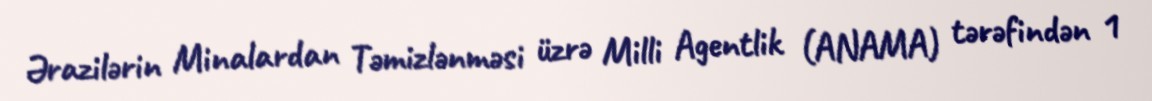
Ərazilərin Minalardan Təmizlənməsi üzrə Milli Agentlik (ANAMA) tərəfindən 1